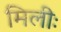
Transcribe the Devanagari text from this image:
मिलीः